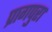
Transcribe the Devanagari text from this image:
प्रागपुरा